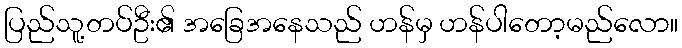
ပြည်သူ့တပ်ဦး၏ အခြေအနေသည် ဟန်မှ ဟန်ပါတော့မည်လော။